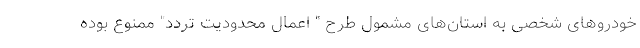
خودروهای شخصی به استان‌های مشمول طرح " اعمال محدودیت تردد" ممنوع بوده